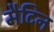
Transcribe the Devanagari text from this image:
मैटिन